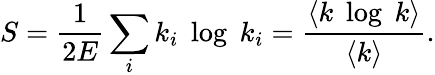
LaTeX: S=\frac{1}{2E}\sum_{i}k_{i}\; \log\; k_{i}=\frac{\langle k\; \log\; k\rangle}{\langle k\rangle}.